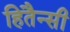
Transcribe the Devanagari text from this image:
हितैन्सी